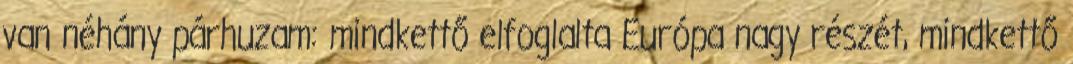
van néhány párhuzam: mindkettő elfoglalta Európa nagy részét, mindkettő